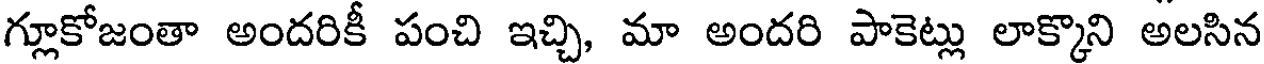
గ్లూకోజంతా అందరికీ పంచి ఇచ్చి, మా అందరి పాకెట్లు లాక్కొని అలసిన